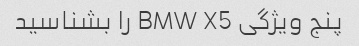
پنج ویژگی BMW X5 را بشناسید